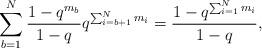
LaTeX: \begin{align*}\sum_{b=1}^{N}\frac{1-q^{m_{b}}}{1-q} q^{\sum_{i=b+1}^{N}m_{i}}=\frac{1-q^{\sum_{i=1}^{N}m_{i}}}{1-q}, \end{align*}